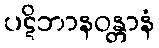
ပဋိဘာနဝန္တာနံ